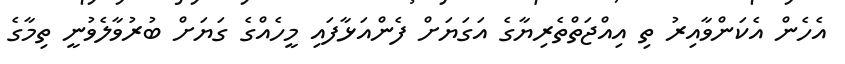
އެހެން އެކަންވާއިރު ތި އިއްޖަތްތެރިޔާގެ އަގަޔަށް ފެންއަޅާފައި މީހެއްގެ ގަޔަށް ބުރުވާލެވުނީ ތިމާގެ